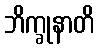
ဘိက္ခုနာတိ